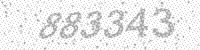
Solution: 883343